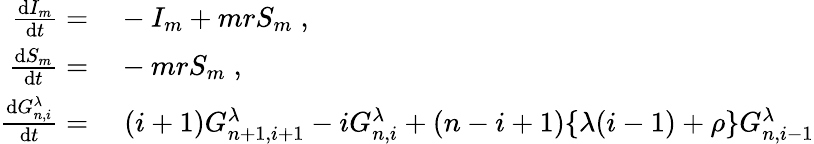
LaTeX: \begin{array}{rl}{\frac{\mathrm{d}I_{m}}{\mathrm{d}t}=}&{{}-I_{m}+mrS_{m}\; ,}\\ {\frac{\mathrm{d}S_{m}}{\mathrm{d}t}=}&{{}-mrS_{m}\; ,}\\ {\frac{\mathrm{d}G_{n,i}^{\lambda}}{\mathrm{d}t}=}&{{}\; (i+1)G_{n+1,i+1}^{\lambda}-iG_{n,i}^{\lambda}+(n-i+1)\lbrace\lambda(i-1)+\rho\rbrace G_{n,i-1}^{\lambda}}\end{array}